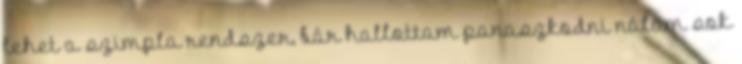
lehet a szimpla rendszer, bár hallottam panaszkodni nálam sok